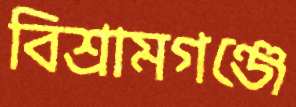
বিশ্রামগঞ্জে